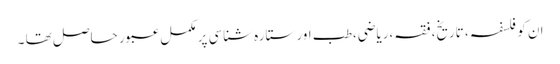
ان کو فلسفہ ، تاریخ، فقہ،ریاضی،طب اور ستارہ شناسی پر مکمل عبور حاصل تھا ۔